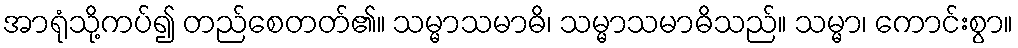
အာရုံသို့ကပ်၍ တည်စေတတ်၏။ သမ္မာသမာဓိ၊ သမ္မာသမာဓိသည်။ သမ္မာ၊ ကောင်းစွာ။